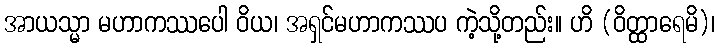
အာယသ္မာ မဟာကဿပေါ ဝိယ၊ အရှင်မဟာကဿပ ကဲ့သို့တည်း။ ဟိ (ဝိတ္ထာရေမိ)၊